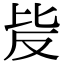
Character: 𣬆